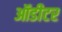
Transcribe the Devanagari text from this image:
ऑडीटर